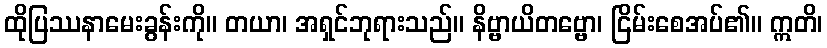
ထိုပြဿနာမေးခွန်းကို။ တယာ၊ အရှင်ဘုရားသည်။ နိဗ္ဗာယိတဗ္ဗော၊ ငြိမ်းစေအပ်၏။ ဣတိ၊